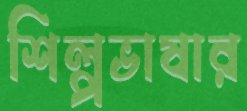
শিল্পভাষার